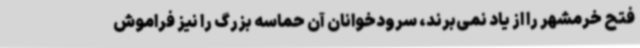
فتح خرمشهر را از یاد نمی‌برند، سرودخوانان آن حماسه بزرگ را نیز فراموش